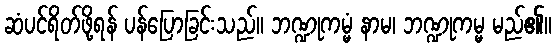
ဆံပင်ရိတ်ဖို့ရန် ပန်ပြောခြင်းသည်။ ဘဏ္ဍုကမ္မံ နာမ၊ ဘဏ္ဍုကမ္မ မည်၏။